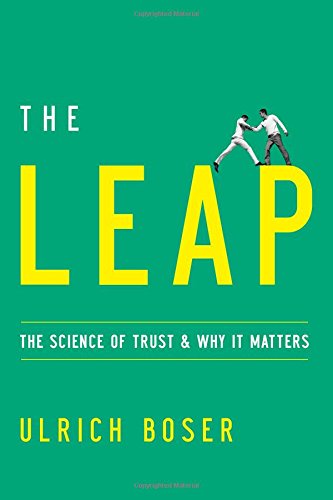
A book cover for The Leap: The Science of Trust and Why It Matters; Ulrich Boser; Business & Money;